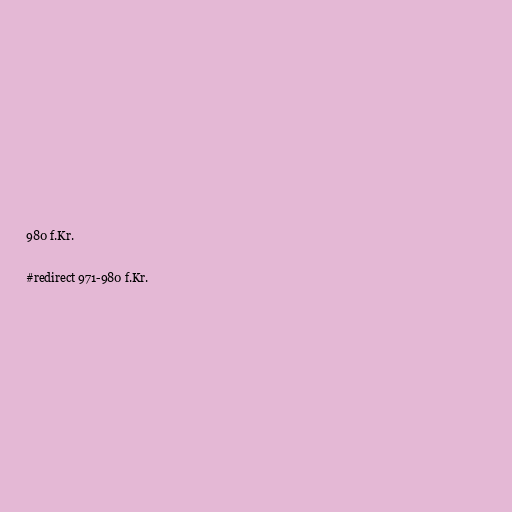
980 f.Kr.

#redirect 971-980 f.Kr.